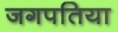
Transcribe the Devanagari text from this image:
जगपतिया